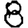
Digit: 8